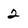
Character: 2